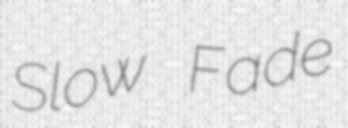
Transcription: Slow Fade